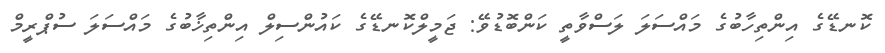
ކޮނޑޭގެ އިންތިހާބުގެ މައްސަލަ ލަސްވާތީ ކަންބޮޑުވޭ: ޖަމީލްކޮނޑޭގެ ކައުންސިލް އިންތިޚާބުގެ މައްސަލަ ސުޕްރީމް